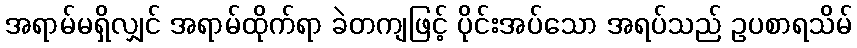
အရာမ်မရှိလျှင် အရာမ်ထိုက်ရာ ခဲတကျဖြင့် ပိုင်းအပ်သော အရပ်သည် ဥပစာရသိမ်